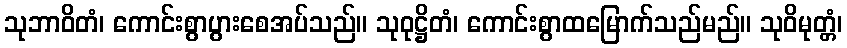
သုဘာဝိတံ၊ ကောင်းစွာပွားစေအပ်သည်။ သုဝုဋ္ဌိတံ၊ ကောင်းစွာထမြောက်သည်မည်။ သုဝိမုတ္တံ၊